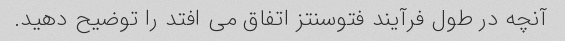
آنچه در طول فرآیند فتوسنتز اتفاق می افتد را توضیح دهید.